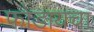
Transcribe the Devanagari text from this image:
फोडायचा